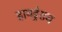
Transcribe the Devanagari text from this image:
हायड्रेशन